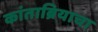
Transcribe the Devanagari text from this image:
कांताब्रियाचा